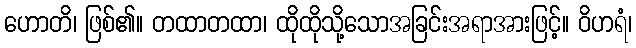
ဟောတိ၊ ဖြစ်၏။ တထာတထာ၊ ထိုထိုသို့သောအခြင်းအရာအားဖြင့်။ ဝိဟရံ၊